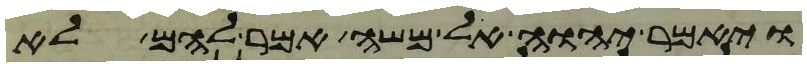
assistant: ויאמר יהוה אל משה אמר להם לא